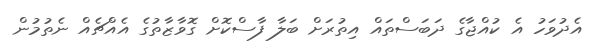
އެދުވަހު އެ ކުއްޖާގެ ދަބަސްތައް އިތުރަށް ބަލާ ފާސްކޮށް ގޮވާޒާތުގެ އެއްޗެއް ނެތުމުން